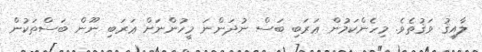
ލާއިޤު ވަޤުތެވެ. މިހެންކަމުން ޢަރަބި ބަސް ނުދަންނަ މީހުންނަށް ޢަރަބި ނޫން ބަސްތަކުން